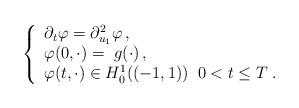
\begin{align*}\left\{ \begin{array}{l}\partial_t \varphi = \partial_{u_1}^2 \varphi\, , \\ \varphi (0 ,\cdot) =\; g (\cdot) \, , \\\varphi (t, \cdot)\in H_0^1((-1,1))\; \; 0< t\le T \;.\end{array}\right. \end{align*}